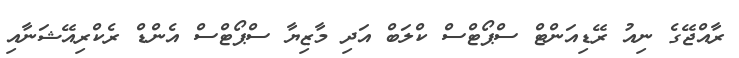
ރާއްޖޭގެ ނިއު ރޭޑިއަންޓް ސްޕޯޓްސް ކްލަބް އަދި މާޒިޔާ ސްޕޯޓްސް އެންޑް ރެކްރިއޭޝަނާއި